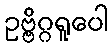
ဥဗ္ဗိဂ္ဂရူပေါ